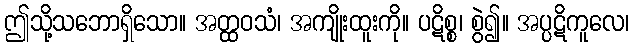
ဤသို့သဘောရှိသော။ အတ္ထဝသံ၊ အကျိုးထူးကို။ ပဋိစ္စ၊ စွဲ၍။ အပ္ပဋိကူလေ၊